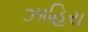
ઝાહિરા